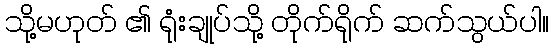
သို့မဟုတ် ၏ ရုံးချုပ်သို့ တိုက်ရိုက် ဆက်သွယ်ပါ။